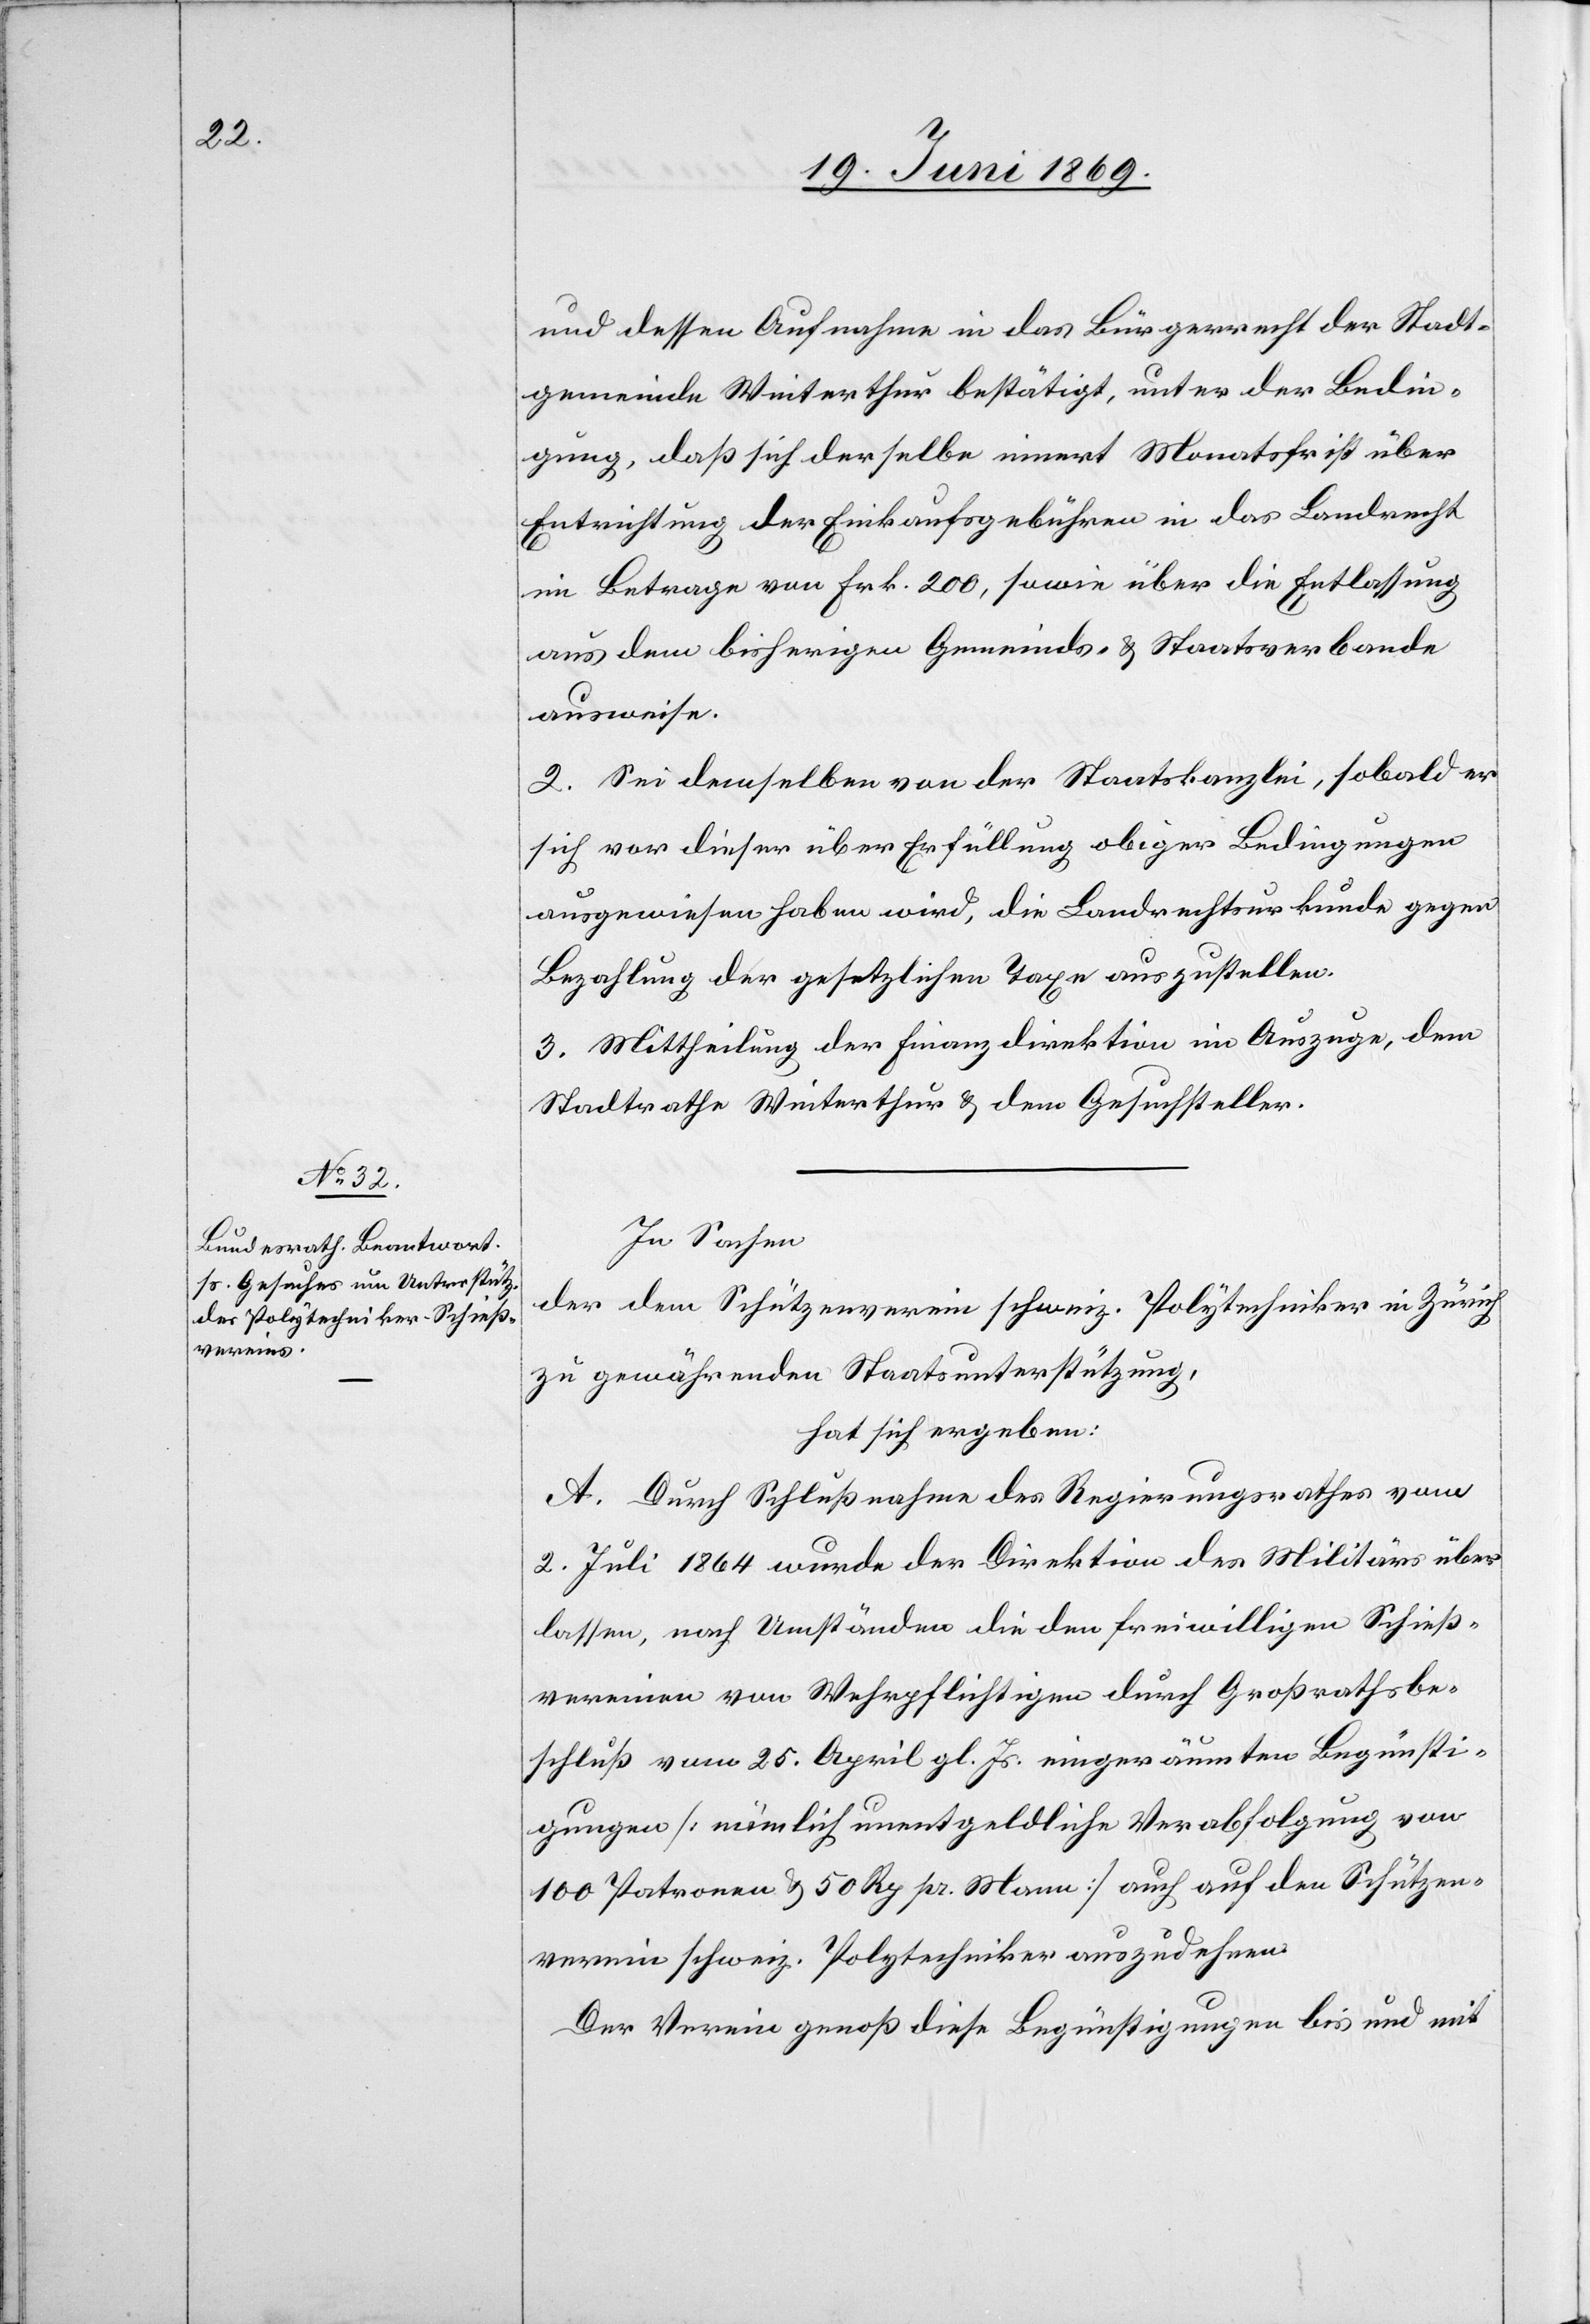
und dessen Aufnahme in das Bürgerrecht der Stadt¬
gemeinde Winterthur bestätigt, unter den Bedin¬
gungen, daß sich derselbe innert Monatsfrist über
Entrichtung der Einkaufsgebühren in das Landrecht
im Betrage von Frk. 200, sowie über die Entlassung
aus dem bisherigen Gemeinds- u. Staatsverbande
ausweise.
2. Sei demselben von der Staatskanzlei, sobald er
sich vor dieser über Erfüllung obiger Bedingungen
ausgewiesen haben wird, die Landrechtsurkunde gegen
Bezahlung der gesetzlichen Taxe auszustellen.
3. Mittheilung der Finanzdirektion im Auszuge, dem
Stadtrathe Winterthur u. dem Gesuchsteller.
In Sachen
der dem Schützenverein schweiz. Polytechniker in Zürich
zu gewährenden Staatsunterstützung,
hat sich ergeben:
A. Durch Schlußnahme des Regierungsrathes vom
2. Juli 1864 wurde der Direktion des Militärs über¬
lassen, nach Umständen die den freiwilligen Schieß¬
vereinen von Wehrpflichtigen durch Großrathsbe¬
schluß vom 25. April gl Js. eingeräumten Begünsti¬
gungen [nämlich unentgeldliche Verabfolgung von
100 Patronen u. 50 Rp. pr. Mann] auch auf den Schützen¬
verein schweiz. Polytechniker auszudehnen.
Der Verein genoß diese Begünstigungen bis und mit